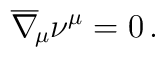
\overline \nabla_{\!\mu} \nu^\mu=0\, .